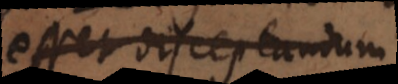
esset disceptandum